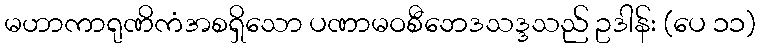
မဟာကာရုဏိကံအစရှိသော ပဏာမဝစီဘေဒသဒ္ဒသည် ဥဒါန်း (ပေ ၁၁)